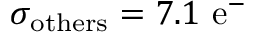
\sigma _ { \mathrm { o t h e r s } } = 7 . 1 \ \mathrm { { e ^ { - } } }